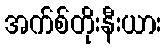
အက်စ်တိုးနီးယား